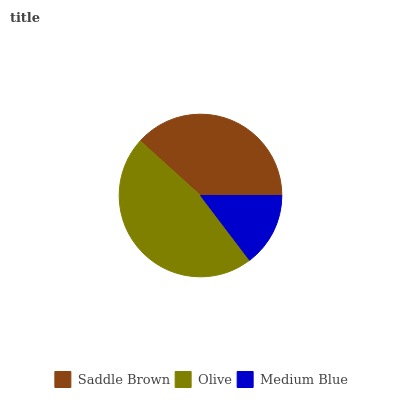
| Saddle Brown | Olive | Medium Blue |
 | --- | --- | --- |
 | 38.3% | 47% | 14.7% |